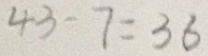
4 3 - 7 = 3 6